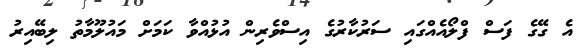
އެ ގޭގެ ފަަސް ފްލޯއެއްގައި ސަރުކާރުގެ އިސްވެރިން އުޅުއްވާ ކަމަށް މައުލޫމާތު ލިބޭއިރު